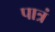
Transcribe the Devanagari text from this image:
पात्रं